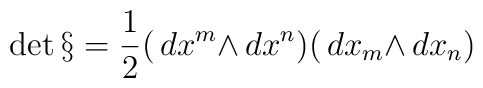
\det{\S}={1\over2}(\,d{x^m}{\wedge}\,d{x^n})(\,d{x_m}{\wedge}\,d{x_n})